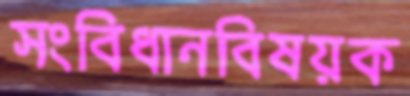
সংবিধানবিষয়ক